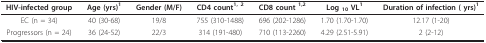
<table><thead><tr><td><b>HIV-infected group</b></td><td><b>Age (yrs)<sup>1</sup></b></td><td><b>Gender (M/F)</b></td><td><b>CD4 count<sup>1, </sup><sup>2</sup></b></td><td><b>CD8 count <sup>1,2</sup></b></td><td><b>Log <sub>10 </sub>VL<sup>1</sup></b></td><td><b>Duration of infection ( yrs)<sup>1</sup></b></td></tr></thead><tbody><tr><td>EC (n = 34)</td><td>40 (30-68)</td><td>19/8</td><td>755 (310-1488)</td><td>696 (202-1286)</td><td>1.70 (1.70-1.70)</td><td>12.17 (1-20)</td></tr><tr><td>Progressors (n = 24)</td><td>36 (24-52)</td><td>22/3</td><td>314 (191-480)</td><td>710 (113-2260)</td><td>4.29 (2.51-5.91)</td><td>2 (2-12)</td></tr></tbody></table>